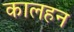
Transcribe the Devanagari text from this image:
कालहन